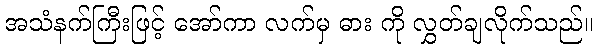
အသံနက်ကြီးဖြင့် အော်ကာ လက်မှ ဓား ကို လွှတ်ချလိုက်သည်။